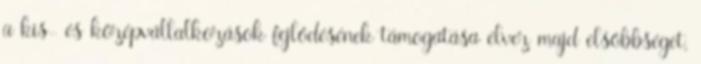
a kis- és középvállalkozások fejlődésének támogatása élvez majd elsőbbséget,